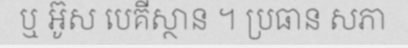
ឬ អ៊ូស បេគីស្ថាន ។ ប្រធាន សភា